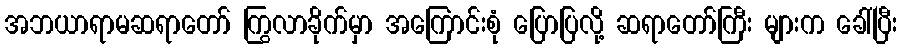
အဘယာရာမဆရာတော် ကြွလာခိုက်မှာ အကြောင်းစုံ ပြောပြလို့ ဆရာတော်ကြီး များက ခေါ်ပြီး